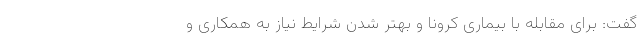
گفت: برای مقابله با بیماری کرونا و بهتر شدن شرایط نیاز به همکاری و